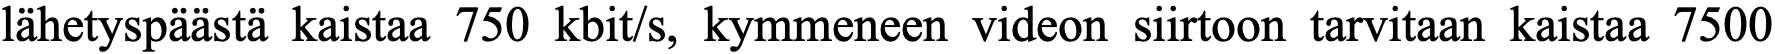
lähetyspäästä kaistaa 750 kbit/s, kymmeneen videon siirtoon tarvitaan kaistaa 7500